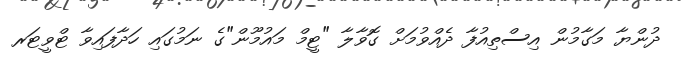
ދުންޔާ މަގާމުން އިސްތިއުފާ ދެއްވުމަށް ގޮވާލާ "ޓީމް މައުމޫން"ގެ ނަމުގައި ހަދާފައިވާ ޓްވީޓަރ